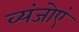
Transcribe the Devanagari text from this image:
व्यंजोएं